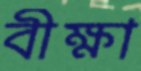
বীক্ষা